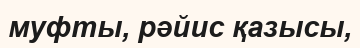
муфты, рәйис қазысы,